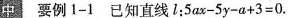
中 要例 1-1 已知直线i：$$5 a x - 5 y - a + 3 = 0$$.